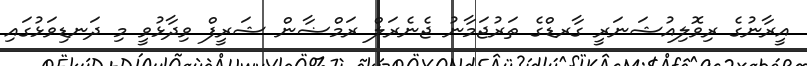
އީރާނުގެ ރިވޮލިއުޝަނަރީ ގާރޑްގެ ތަރުޖަމާނު ޖެނެރަލް ރަމްޟާން ޝަރީފް ވިދާޅުވީ މި ދަނޑިވަޅުގައި